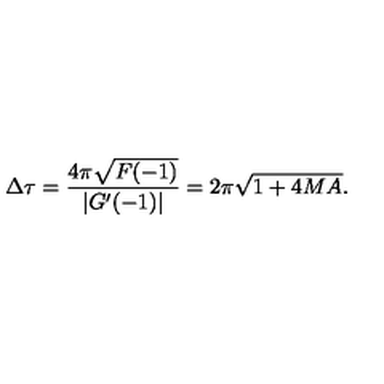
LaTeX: \Delta \tau = { \frac { 4 \pi \sqrt { F ( - 1 ) } } { | G ^ { \prime } ( - 1 ) | } } = 2 \pi \sqrt { 1 + 4 M A } .